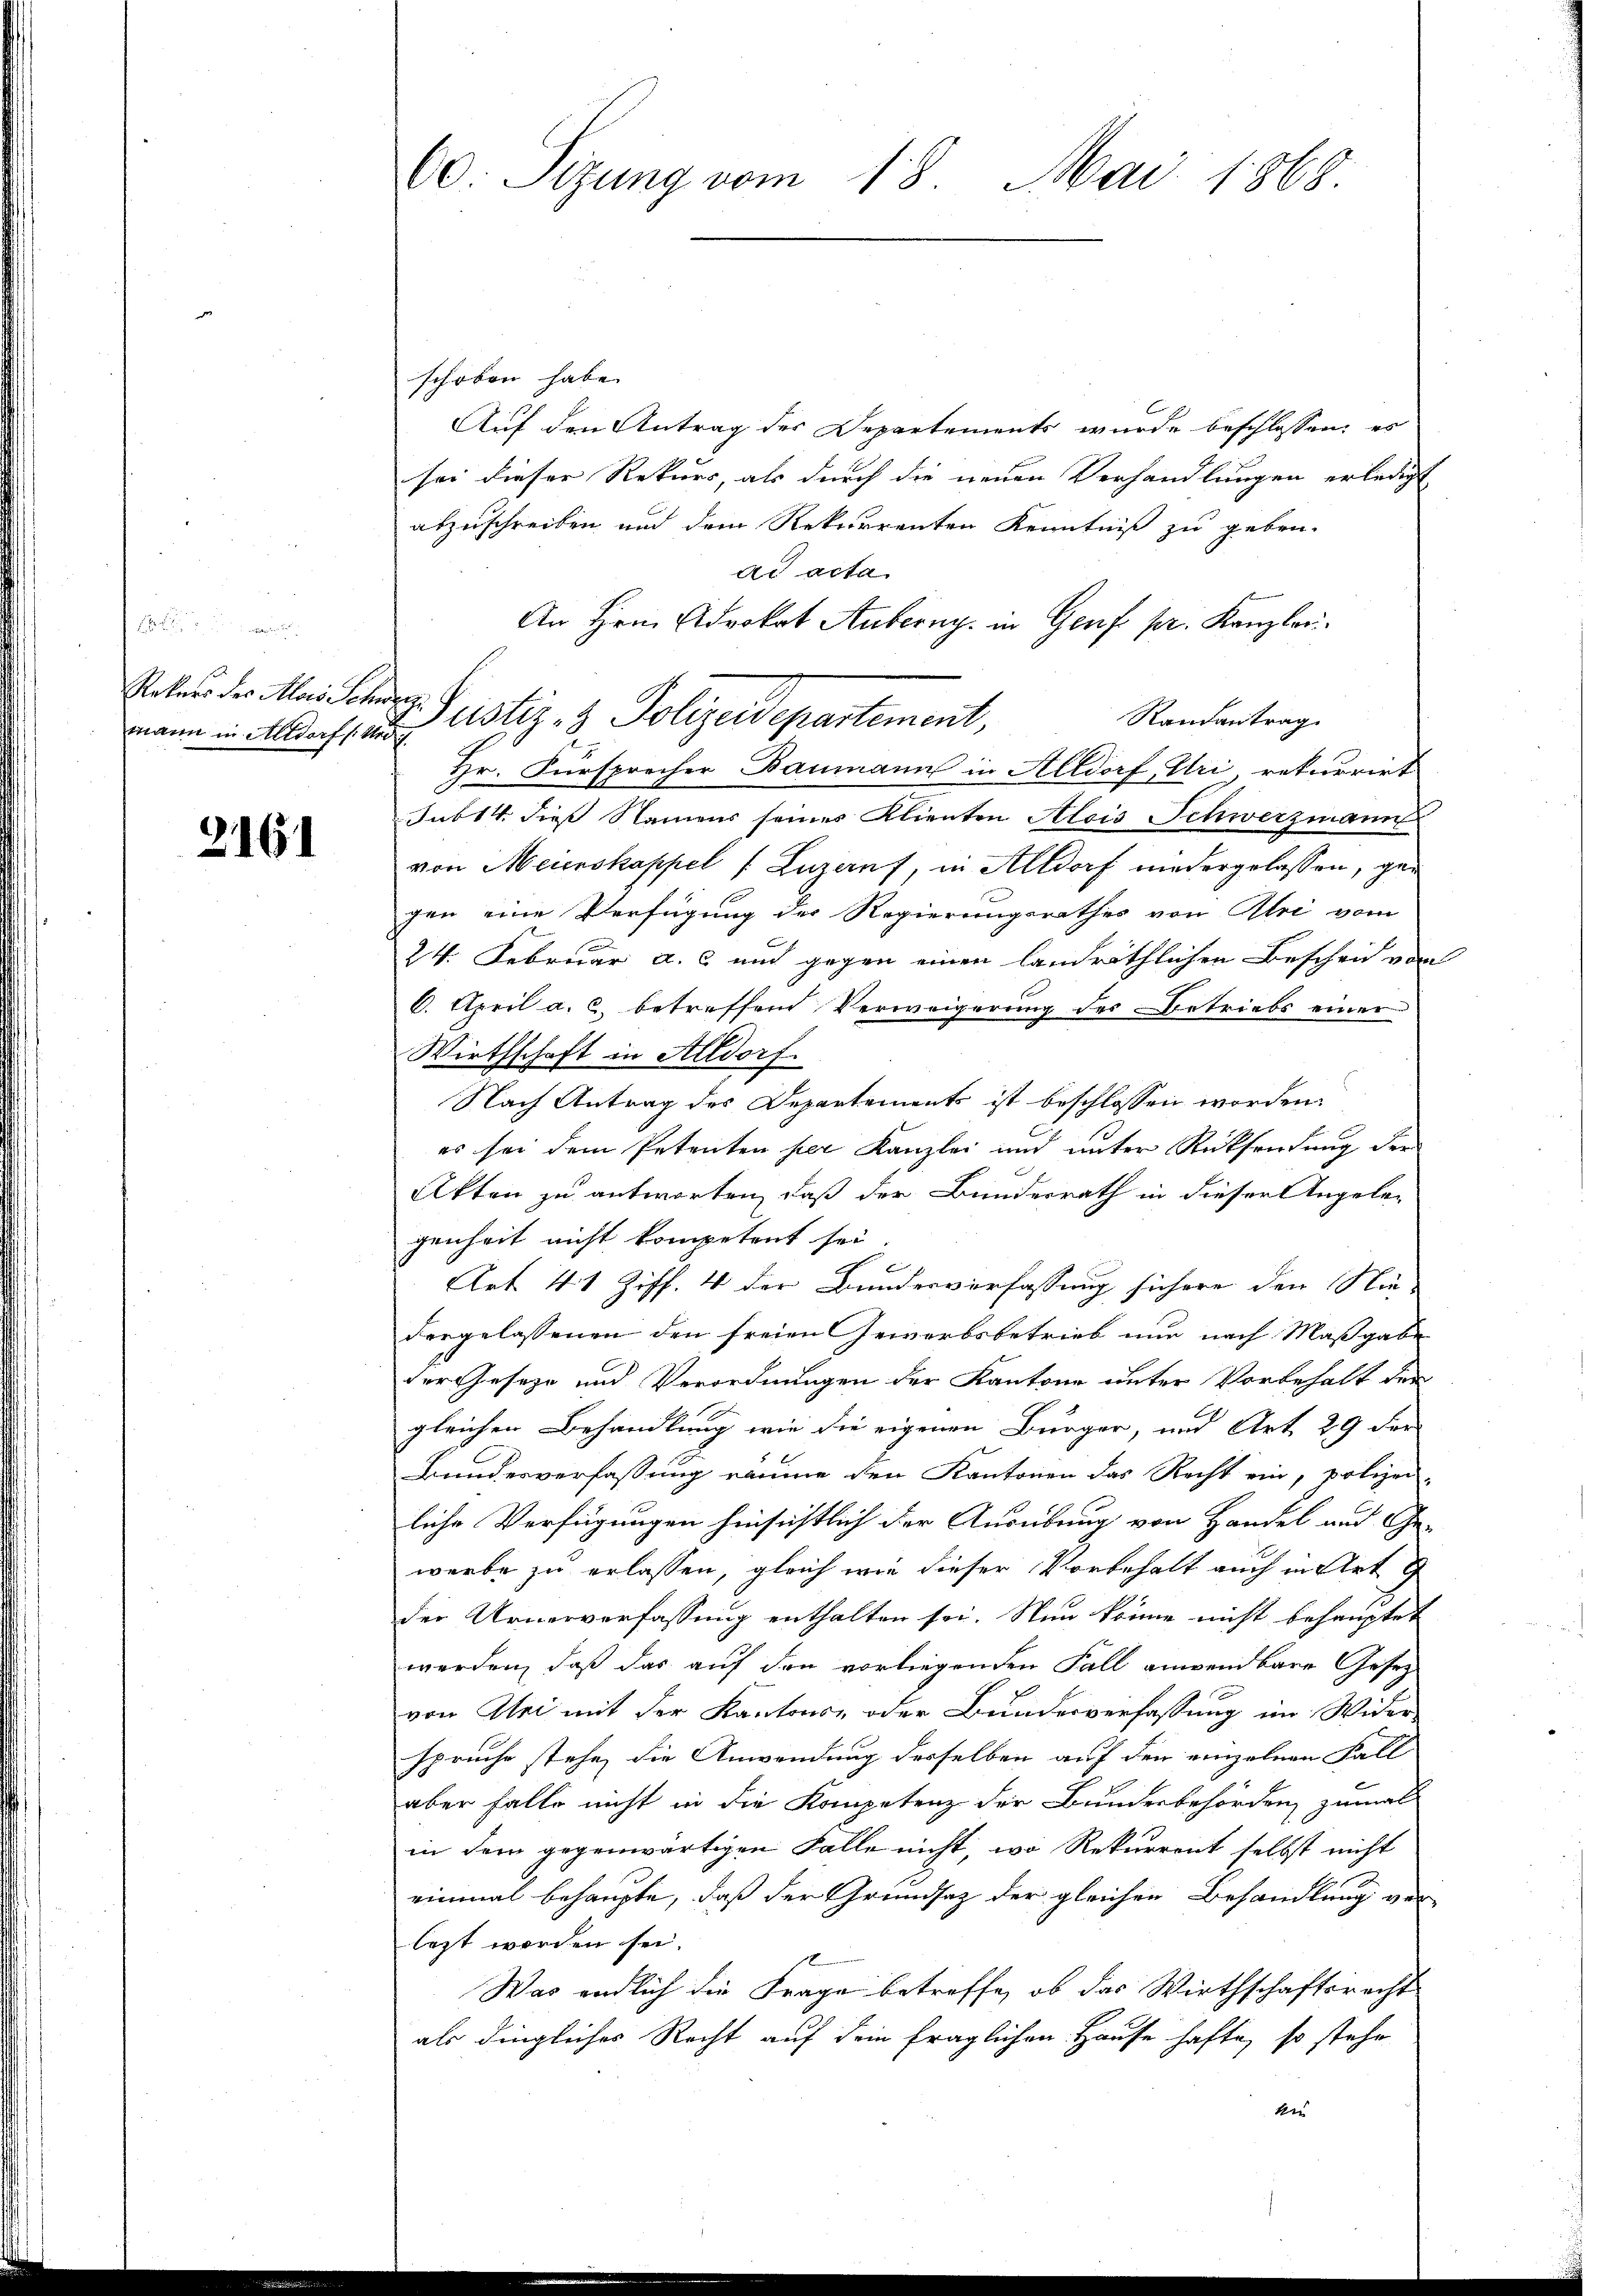
¬
mann in Altdorf (: Und

2161

schoben habe.
Auf den Antrag der Departements wurde beschlossen, es
sei dieser Rekurs, als durch die neuen Verhandlungen erledigt
abzuschreiben und dem Rekurrenten Kenntniß zu geben.
dd acta
An Hrn. Advokat Anberg. in Genf pr. Kanzlei
Randantrag
Hr. Fürsprecher Baumann in Altdorf, Uri, rekurrirt
sub 14. dieß Namens seines Klienten Alois Schwerzmann
von Meierskappel (Luzernf, in Altdorf niedergelassen, gegen eine Verfügung des Regierungsrathes von Ali vom
24. Februar a. c und gegen einen landräthlichen Beschen von
6. April a. c. betreffend Verweigerung des Betriebs einer
Wirthschaft in Altdorf.
Nach Antrag des Departement ist beschlossen worden.
es sei dem Petenten per Kanzlei und unter Rücksendung der
Akten zu antworten, daß der Bunderrath in dieser Angelegenheit nicht kompetent sei

Art. 41 Ziff. 4 der Bundesverfassung sichere den Niedergelassenen den freien Gewerbsbetrieb nur nach Maßgabe
der Geseze und Verordnungen der Kantone unter Vorbehalt der
gleichen Behandlung wie die eigenen Bürger, und Art. 29 der
Bundesverfassung räume den Kantonen das Recht ein, polizei-
liche Verfügungen hinsichtlich der Ausübung von Handel und Ge-
werbe zu erlassen, gleich wie dieser Vorbehalt auch in Art
der Urnerverfassung enthalten sei. Nun könne nicht behauptet
werden, daß das auf den vorliegenden Fall anwendbare Gesezvon Mai mit der Kantons- oder Bundesverfassung im Wider-
spruche stehe, die Anwendung desselben auf den einzelnen Fall
aber falle nicht in die Kompetenz der Bundesbehörden, zumal
in dem gegenwärtigen Falle nicht, wo Rekurrent selbst nicht
einmal behaupte, daß der Grundsatz der gleichen Behandlung ver
lezt worden sei.
Was endlich die Frage betreffe, ob das Wirthschaftsrecht
als dingliches Recht auf dem fraglichen Hause hafte, so stehe
t

60. Sizung vom 18. Mai 1868

Valen der Marie Geistiz- & Polizeidepartement,